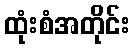
ထုံးစံအတိုင်း